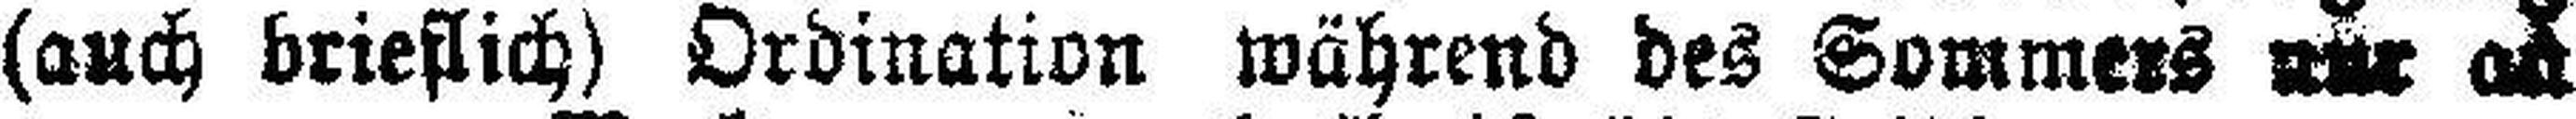
(auch brieflich) Ordination während des Sommers nur ###an